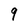
Character: 9